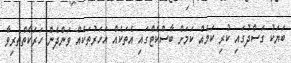
ބަޔަކު ގަސްދުގައި ކުރި ކަމެއް ކަމަށް ބާސްކެޓްގައި އެތަކެއް އަހަރުތަކެއް ވަންދެން ހަރަކާތްތެރިވާ